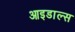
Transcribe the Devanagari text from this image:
आइडाल्स